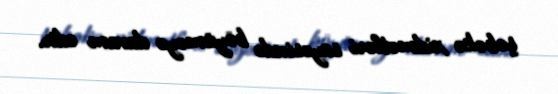
şəbəkə xidmətləri sayəsində böyüməyə davam edir.